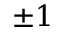
\pm 1